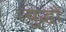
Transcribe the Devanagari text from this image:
युद्धौं